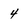
Character: 4